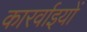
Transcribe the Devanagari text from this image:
कारर्वाइयों